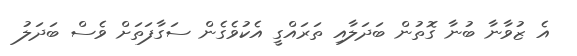
އެ ޒުވާނާ ބުނާ ގޮތުން ބަދަލާއި ތަރައްގީ އެކުވެގެން ސަގާފަތަށް ވެސް ބަދަލު